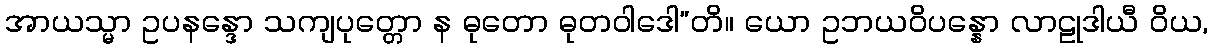
အာယသ္မာ ဥပနန္ဒော သကျပုတ္တော န ဓုတော ဓုတဝါဒေါ”တိ။ ယော ဥဘယဝိပန္နော လာဠုဒါယီ ဝိယ,